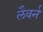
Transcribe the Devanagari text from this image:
लैवर्न